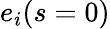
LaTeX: e_{i}(s=0)